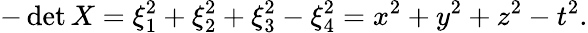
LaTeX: -\operatorname*{det}X=\xi_{1}^{2}+\xi_{2}^{2}+\xi_{3}^{2}-\xi_{4}^{2}=x^{2}+y^{2}+z^{2}-t^{2}.